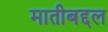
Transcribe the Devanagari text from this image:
मातीबद्दल